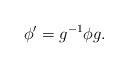
LaTeX: \begin{align*}\phi^\prime = g^{-1} \phi g. \end{align*}